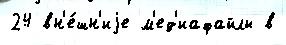
24 вн'е́шн'иjе м'ед'иафайлы в